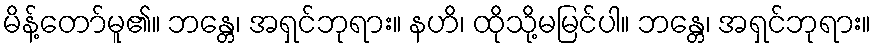
မိန့်တော်မူ၏။ ဘန္တေ၊ အရှင်ဘုရား။ နဟိ၊ ထိုသို့မမြင်ပါ။ ဘန္တေ၊ အရှင်ဘုရား။